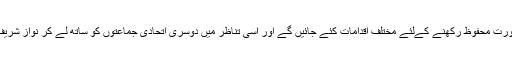
یہ بھی فیصلہ کیا گیا ہے کہ نوازشریف کا ووٹ بینک ہر صورت محفوظ رکھنے کےلئے مختلف اقدامات کئے جائیں گے اور اسی تناظر میں دوسری اتحادی جماعتوں کو ساتھ لے کر نواز شریف کی مقبولیت کو بر قرار رکھنے کی کوشش کی جائے گی ۔